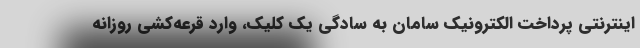
اینترنتی پرداخت الکترونیک سامان به سادگی یک کلیک، وارد قرعه‌کشی روزانه